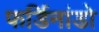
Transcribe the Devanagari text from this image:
फर्डिनांडो